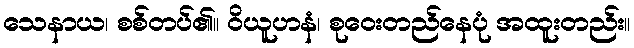
သေနာယ၊ စစ်တပ်၏။ ဝိယူဟနံ၊ စုဝေးတည်နေပုံ အထူးတည်း။